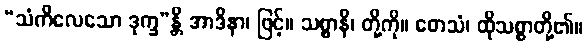
“သံကိလေသော ဒုက္ခ”န္တိ အာဒိနာ၊ ဖြင့်။ သစ္စာနိ၊ တို့ကို။ တေသံ၊ ထိုသစ္စာတို့၏။